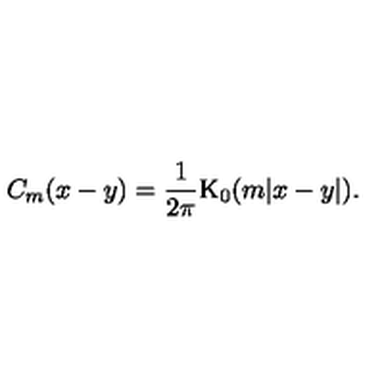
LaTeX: C _ { m } ( x - y ) = \frac { 1 } { 2 \pi } \mathrm { K } _ { 0 } ( m | x - y | ) .